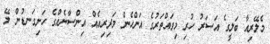
މެލޭރިއާ ބަލީގެ އަސަރު ހުރި މިވައްތަރުގެ އަންހެން މަދިރިއެއް އިންސާނެއްގެ ހަށިގަނޑުން ލޭ